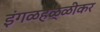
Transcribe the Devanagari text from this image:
इंगळहळ्ळीकर